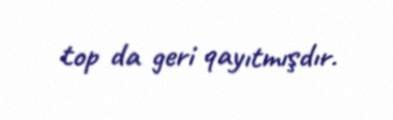
top da geri qayıtmışdır.